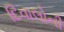
દિવાલોની